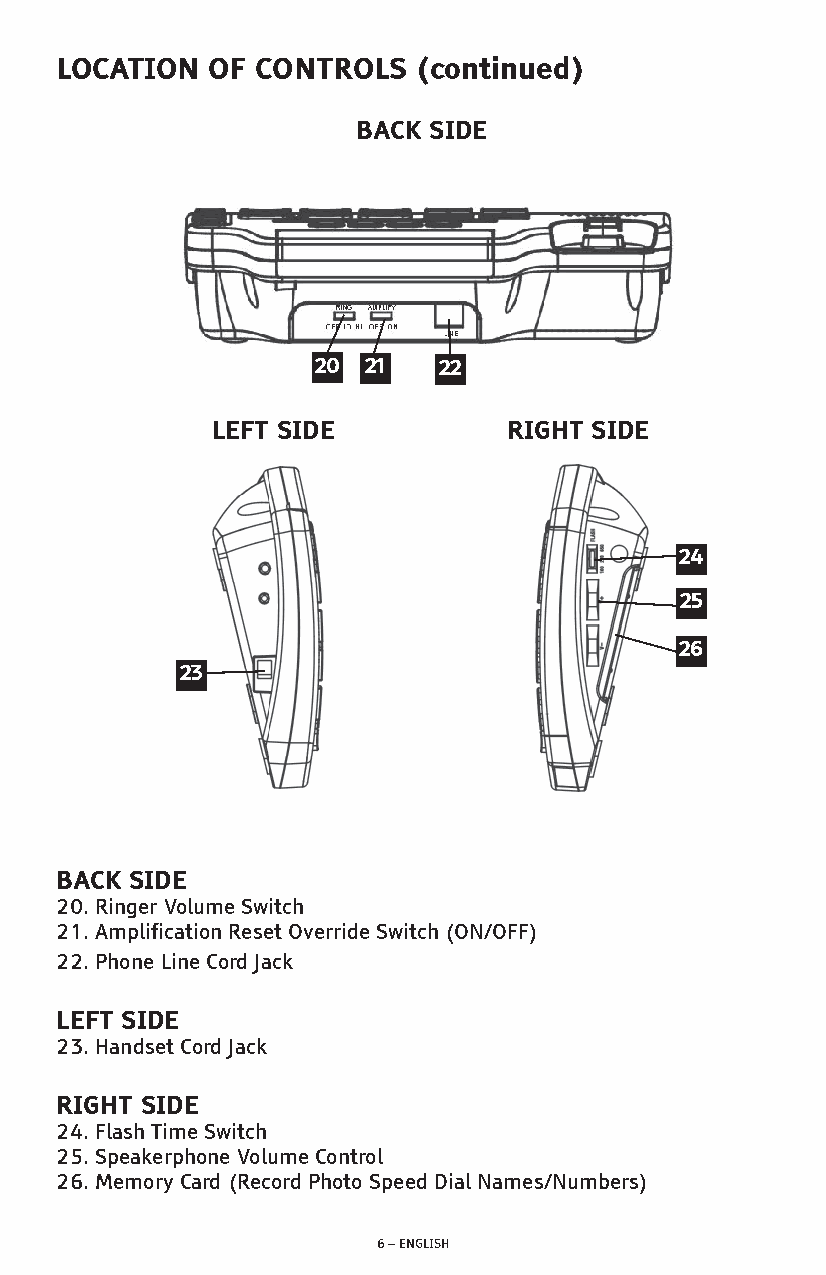
LOCATION  OF CONTROLS   (continued)
 BACK SIDE
 20 21   22
 LEFT SIDE           RIGHT SIDE
 24
 25
 26
 23
 BACK SIDE
 20. Ringer Volume Switch
 21. Amplification Reset Override Switch (ON/OFF)
 22. Phone Line Cord Jack
 LEFT SIDE
 23. Handset Cord Jack
 RIGHT SIDE
 24. Flash Time Switch
 25. Speakerphone Volume Control
 26. Memory Card (Record Photo Speed Dial Names/Numbers)
 6 – ENGLISH